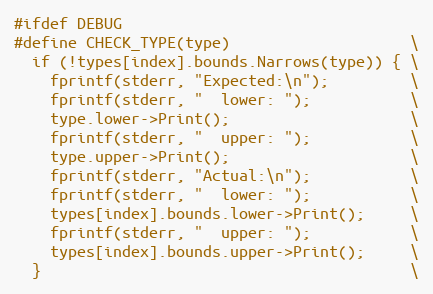
Language: C
#ifdef DEBUG
#define CHECK_TYPE(type)                    \
  if (!types[index].bounds.Narrows(type)) { \
    fprintf(stderr, "Expected:\n");         \
    fprintf(stderr, "  lower: ");           \
    type.lower->Print();                    \
    fprintf(stderr, "  upper: ");           \
    type.upper->Print();                    \
    fprintf(stderr, "Actual:\n");           \
    fprintf(stderr, "  lower: ");           \
    types[index].bounds.lower->Print();     \
    fprintf(stderr, "  upper: ");           \
    types[index].bounds.upper->Print();     \
  }                                         \